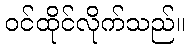
ဝင်ထိုင်လိုက်သည်။